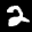
Digit: 2